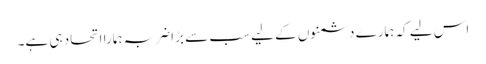
اس لیے کہ ہمارے دشمنوں کے لیے سب سے بڑا ضربہ ہمارا اتحاد ہی ہے۔